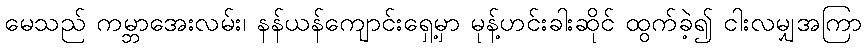
မေသည် ကမ္ဘာအေးလမ်း၊ နန်ယန်ကျောင်းရှေ့မှာ မုန့်ဟင်းခါးဆိုင် ထွက်ခဲ့၍ ငါးလမျှအကြာ